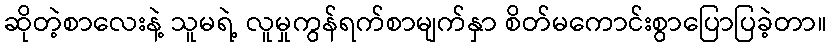
ဆိုတဲ့စာလေးနဲ့ သူမရဲ့ လူမှုကွန်ရက်စာမျက်နှာ စိတ်မကောင်းစွာပြောပြခဲ့တာ။